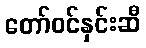
တော်ဝင်နှင်းဆီ